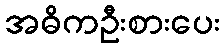
အဓိကဦးစားပေး